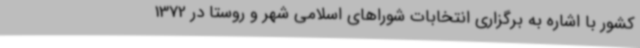
کشور با اشاره به برگزاری انتخابات شوراهای اسلامی شهر و روستا در 1372